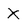
Character: X